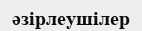
әзірлеушілер